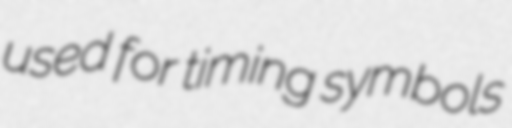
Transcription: used for timing symbols